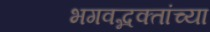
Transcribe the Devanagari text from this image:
भगवद्भक्तांच्या